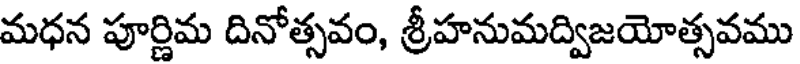
మధన పూర్ణిమ దినోత్సవం, శ్రీహనుమద్విజయోత్సవము